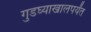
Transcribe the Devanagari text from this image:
गुडघ्याखालपर्यंत